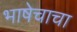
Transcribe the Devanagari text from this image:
भाषेचाचा